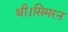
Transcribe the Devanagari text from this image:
थी।सिमरन